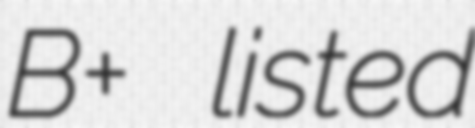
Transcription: B+ listed